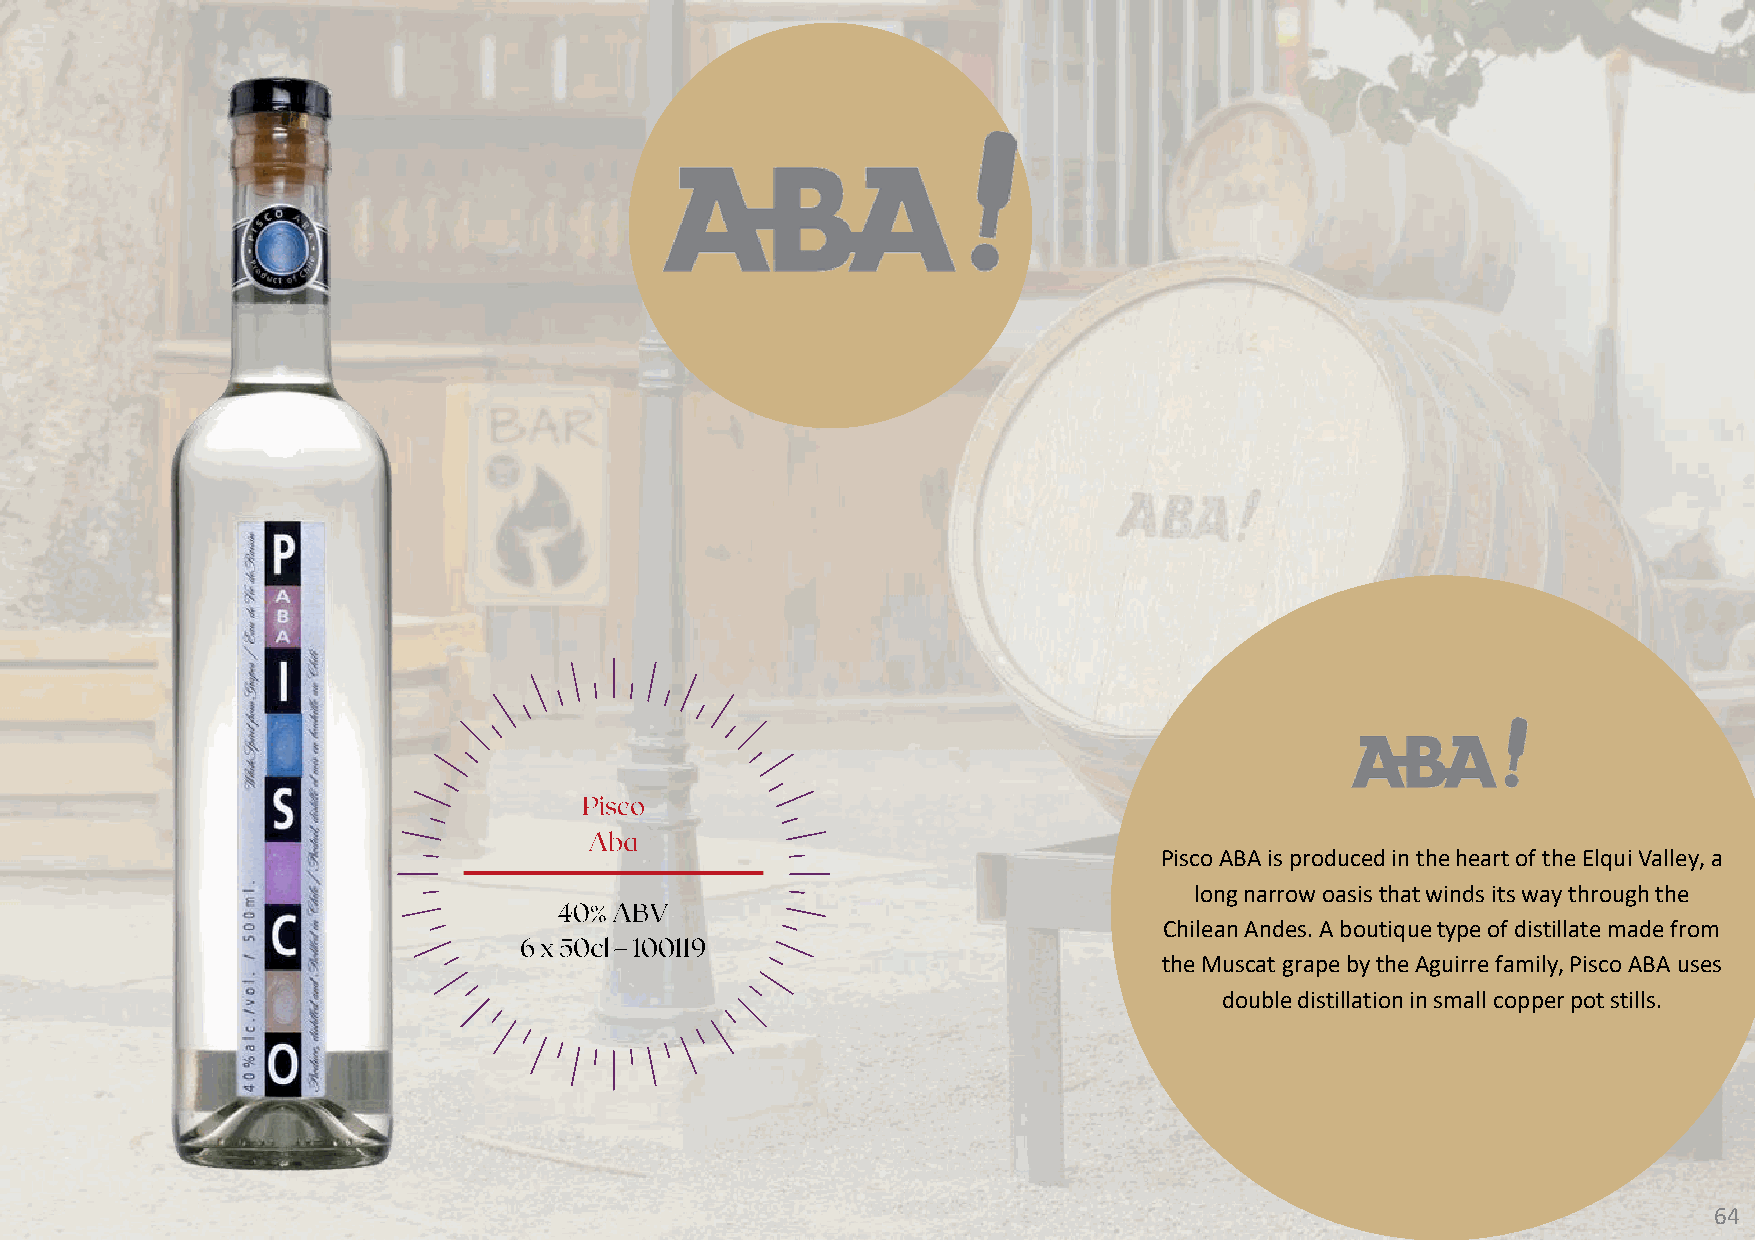
Pisco ABA is produced in the heart of the ElquiValley, a
 long narrow oasis that winds its way through the
 Chilean Andes. A boutique type of distillate made from
 the Muscat grape by the Aguirre family, Pisco ABA uses
 double distillation in small copper pot stills.
 64